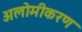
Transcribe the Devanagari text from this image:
अलोमीकरण